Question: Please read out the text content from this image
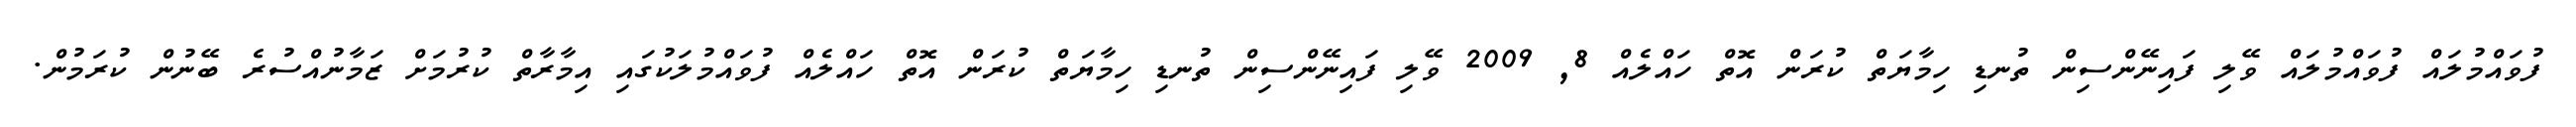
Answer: ފުވައްމުލައް ފުވައްމުލައް ވޭލި ފައިނޭންސިން ތުނޑި ހިމާޔަތް ކުރަން އޮތް ހައްލެއް 8, 2009 ވޭލި ފައިނޭންސިން ތުނޑި ހިމާޔަތް ކުރަން އޮތް ހައްލެއް ފުވައްމުލަކުގައި އިމާރާތް ކުރުމަށް ޒަމާނުއްސުރެ ބޭނުން ކުރަމުން.